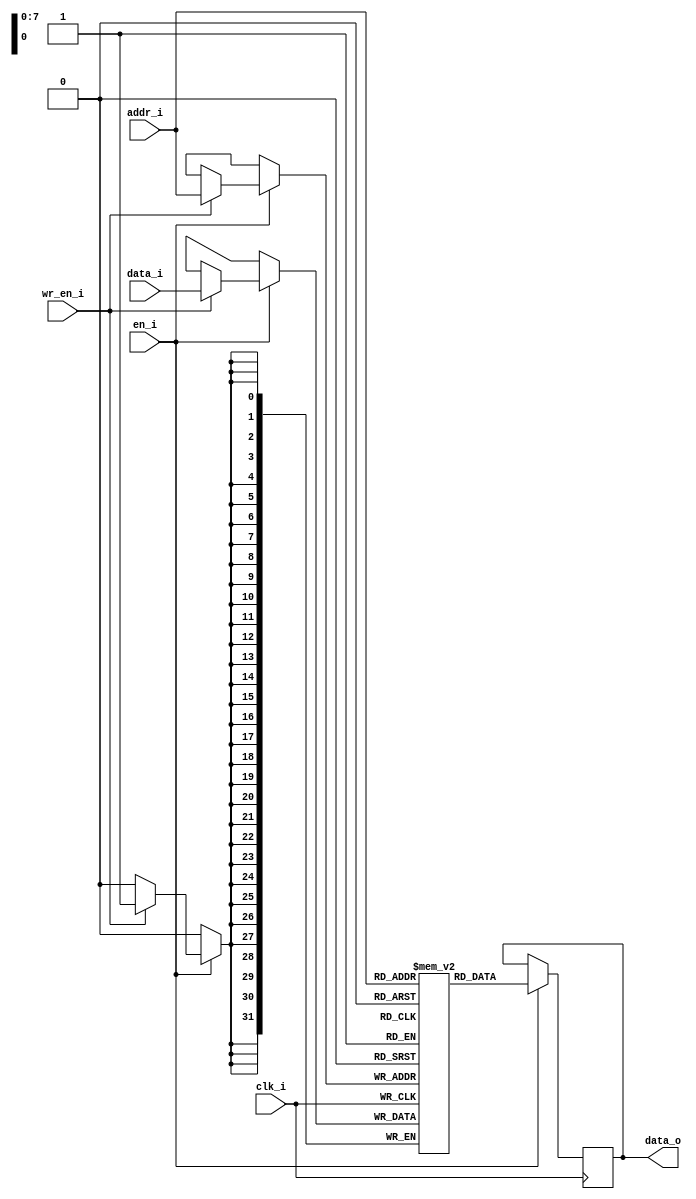
// ============================================================================
// Single Port RW DFF RAM
// Design: Eldrick Millares
// Verification: Matthew Pauly
// Notes:
// ============================================================================

module dffram #(
    parameter WIDTH = 32,
    parameter DEPTH = 256,

    // ========================================================================
    // Local Parameters - Do Not Edit
    // ========================================================================
    parameter ADDR_BW = $clog2(DEPTH)
) (
    input                    clk_i,

    input                    wr_en_i,
    input                    en_i,

    input  [ADDR_BW - 1 : 0] addr_i,
    input  [WIDTH - 1 : 0]   data_i,
    output [WIDTH - 1 : 0]   data_o
);

    reg [WIDTH - 1 : 0] read_data;
    reg [WIDTH - 1 : 0] mem [DEPTH - 1 : 0];

    always @(posedge clk_i) begin
        if (en_i) begin
            read_data <= mem[addr_i];
            if (wr_en_i) begin
                mem[addr_i] <= data_i;
            end
        end
    end

    assign data_o = read_data;

    // ========================================================================
    // Simulation Only Waveform Dump (.vcd export)
    // ========================================================================
    `ifdef COCOTB_SIM
    `ifndef SCANNED
    `define SCANNED
    initial begin
        $dumpfile ("wave.vcd");
        $dumpvars (0, dffram);
        #1;
    end
    `endif
    `endif
    // ========================================================================

endmodule